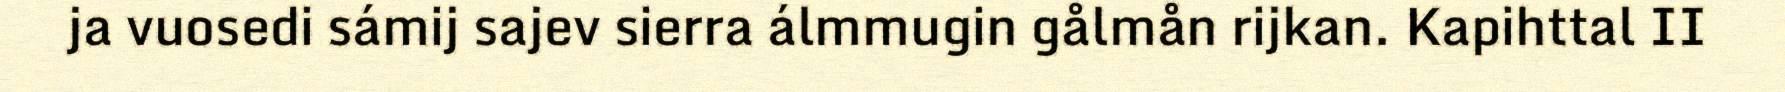
ja vuosedi sámij sajev sierra álmmugin gålmån rijkan. Kapihttal II